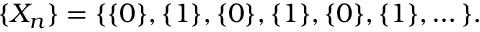
\{ X _ { n } \} = \{ \{ 0 \} , \{ 1 \} , \{ 0 \} , \{ 1 \} , \{ 0 \} , \{ 1 \} , \dots \} .